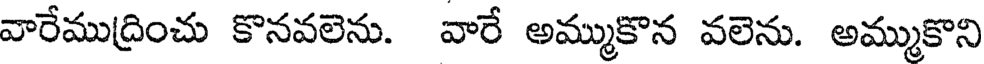
వారేముద్రించు కొనవలెను. వారే అమ్ముకొన వలెను. అమ్ముకొని